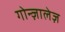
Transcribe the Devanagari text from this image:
गोन्ज़ालेज़